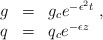
\begin{align*}\begin{array}{rcl} g &=& g_c e^{-\epsilon^2 t}\ , \\ q &=& q_c e^{-\epsilon z} \ \end{array} \end{align*}